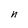
Character: n